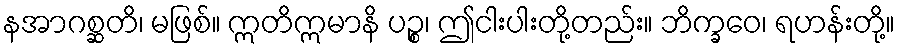
နအာဂစ္ဆတိ၊ မဖြစ်။ ဣတိဣမာနိ ပဉ္စ၊ ဤငါးပါးတို့တည်း။ ဘိက္ခဝေ၊ ရဟန်းတို့။